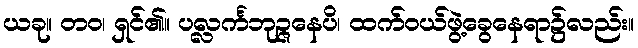
ယခု။ တဝ၊ ရှင်၏။ ပလ္လင်္ကဘုဉ္ဇနေပိ၊ ထက်ဝယ်ဖွဲ့ခွေနေရာ၌လည်း။